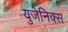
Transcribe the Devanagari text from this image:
युजेनिक्स